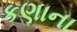
કણાના